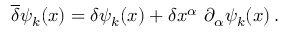
\overline { { { \delta } } } \psi _ { k } ( x ) = \delta \psi _ { k } ( x ) + \delta x ^ { \alpha } \ \partial _ { \alpha } \psi _ { k } ( x ) \, .